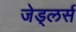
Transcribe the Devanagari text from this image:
जेड्लर्स